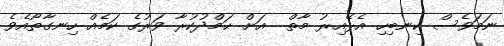
ނަމަވެސް ކިނބިހި އެޅޭއިރު މާތް  އަށް ޙަމްދުކުރާ ވަރުގެ ކަމެއް ހިނގާތޯއެވެ